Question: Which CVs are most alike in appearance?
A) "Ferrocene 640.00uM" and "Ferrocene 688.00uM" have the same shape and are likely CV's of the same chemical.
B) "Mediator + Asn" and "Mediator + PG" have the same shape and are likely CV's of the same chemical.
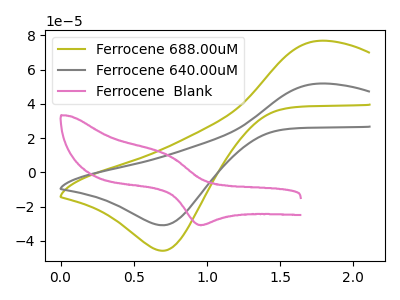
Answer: <think>The olive curve "Ferrocene 688.00uM" has an anodic peak at (1.75V, 76.80uA) and a cathodic peak at (0.70V, -45.80uA). The gray curve "Ferrocene 640.00uM" has an anodic peak at (1.75V, 51.85uA) and a cathodic peak at (0.70V, -30.90uA). The pink curve "Ferrocene  Blank" has an anodic peak at (0.75V, 10.05uA) and a cathodic peak at (0.95V, -30.75uA).
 All the peaks in "Ferrocene 688.00uM" have a peak in "Ferrocene 640.00uM" at the same potential. Every peak in "Ferrocene 688.00uM" is higher than every peak in "Ferrocene 640.00uM". "Ferrocene 688.00uM" and "Ferrocene  Blank" have at least one peak that do not match. "Ferrocene 640.00uM" and "Ferrocene  Blank" have at least one peak that do not match.</think>
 <answer>A) "Ferrocene 640.00uM" and "Ferrocene 688.00uM" have the same shape and are likely CV's of the same chemical.</answer>
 <eval>A</eval>